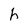
Character: h